Report on certain features of malaria in the island of Salsette
Disease focus: Malaria
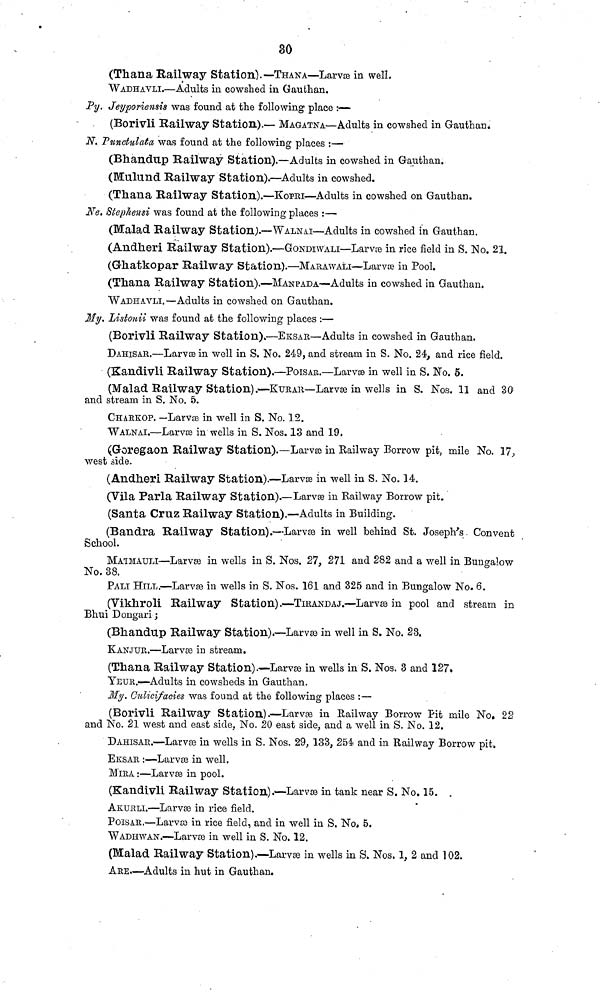
30
(Thana Railway Station).— THANA—Larvœ in well.
WADHAVLI.—Adults in cowshed in Gaufchan.
Py. Jeyporiensis was found at the following place :—-
(Borivli Railway Station).— MAGATNA—Adults in cowshed in Gau than,
N. Punctulata was found at the following places :—
(Bhandup Railway Station).—Adults in cowshed in Gauthan.
(Mulund Railway Station).—Adults in cowshed.
(Thana Railway Station).—KOPRI—Adults in cowshed on Gauthan.
Ne. Stepliensi was found at the following places :—
(Malad Railway Station).—WALNA.I—Adults in cowshed in Gauthan.
(Andheri Railway Station).—GONDIWALI—Larvre in rice field in S. No. 21.
(Ghatkopar Railway Station).—MARAWALI—Larvœ in Pool.
(Thana Railway Station).—MANPADA—Adults in cowshed in Gauthan.
WADHAVLI.—Adults in cowshed on Gauthan.
My. Listonii was found at the following places :—
(Borivli Railway Station)»—EKSAR—Adults in cowshed in Gauthan.
DAHISAR.—Larvse in well in S. No. 249, and stream in S. No. 24, and rice field.
(Kandivli Railway Station).—POISAR.—Larvse in well in S. No. 5.
(Malad Railway Station).'—KURAR—Larvae in wells in S. Nos. 11 and 30
and stream in S. No. 5.
CHARKOP. —Larvse in well in S. No. 12.
WALNAI.—Larvse in wells in S. Nos. 13 and 19.
(Goregaon Railway Station).—Larvse in Railway Borrow pit, mile No. 17.,
west side.
(Ándheri Railway Station).—Larvas in well in S. No. 14.
(Vila Parla Railway Station).—Larvse in Railway Borrow pit.
(Santa Cruz Railway Station).—Adults in Building.
(Bandra Railway Station).—Larvae in well behind St. Joseph's Convent
School.
MATMAULI—Larvse in wells in S. Nos. 27, 271 and 282 and a well in Bungalow
No. 38.
PALI HILL.—Larvse in wells in S. Nos. 161 and 325 and in Bungalow No. 6.
(Vikhroli Railway Station).—TIRANDAJ.—Larvae in pool and stream in
Bhui Dongari ;
(Bhandup Railway Station).—Larvas in well in S. No. 23.
KANJUR.—Larvas in stream.
(Thana Railway Station).—Larvae in wells in S. Nos. 3 and 127,
YEUR.—-Adults in cowsheds in Gauthan.
My. Culicifacies was found at the following places :—
(Borivli Railway Station).—Larvée in Railway Borrow Pit mile No. 22
and No. 21 west and east side, No. 20 east side, and a well in S. No. 12.
DAHISAR.—Larvae in wells in S. Nos. 29, 133, 254 and in Railway Borrow pit,
EKSAR :—Larvas in well.
MIRA :—Larvas in pool.
(Kandivli Railway Station). 1 —Larvae in tank near S. No. 15. .
AKURLI.—Larvaa in rice field.
POÏSAR.—Larvas in rice field, and in well in S. No, 5.
WADHWÀN.—Larvaa in well in S. No. 12.
(Malad Railway Station).—Larvas in wells in S. Nos. 1, 2 and 102.
ARE.—Adults in hut in Gauthan.